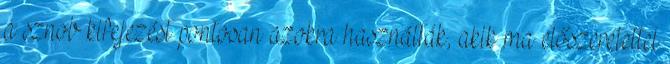
a sznob kifejezést pontosan azokra használták, akik ma előszeretettel